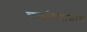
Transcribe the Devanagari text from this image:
चलचित्राद्वारे